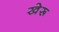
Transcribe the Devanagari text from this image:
खेरू